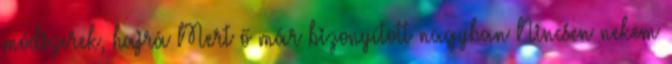
módszerek, hajrá Mert ő már bizonyított nagyban Nincsen nekem